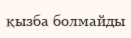
қызба болмайды